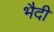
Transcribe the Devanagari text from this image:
भैदी